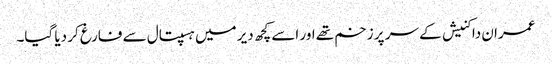
عمران داکنیش کے سر پر زخم تھے اور اسے کچھ دیر میں ہسپتال سے فارغ کر دیا گیا۔